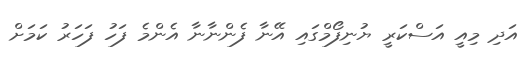
އަދި މިއީ އަސްކަރީ ޔުނިފޯމްގައި އޭނާ ފެންނާނާ އެންމެ ފަހު ފަހަރު ކަމަށް